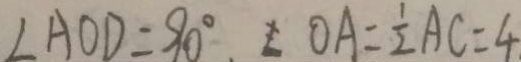
\angle A O D = 9 0 ^ { \circ } O A = \frac { 1 } { 2 } A C = 4